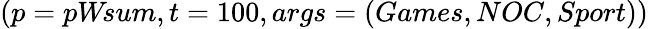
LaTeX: (p=pW\! sum,t=100,args=(Games,NOC,Sport))